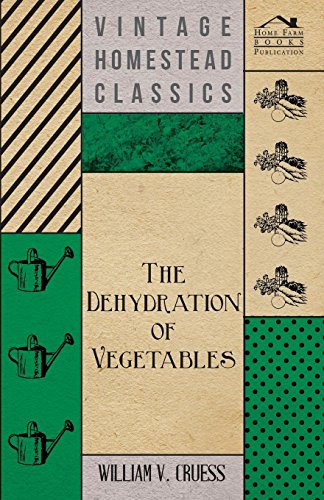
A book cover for The Dehydration of Vegetables; William V. Cruess; Cookbooks, Food & Wine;